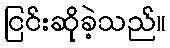
ငြင်းဆိုခဲ့သည်။